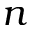
n